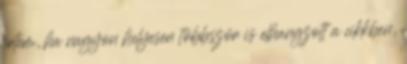
értem, ha nagyon helyesen többször is elhangzott a cikkben,